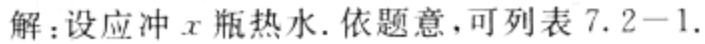
解：设应冲\(x\)瓶热水. 依题意，可列表\(7.2 - 1.\)